Leningradi_Edasi_toimetus, lk 153
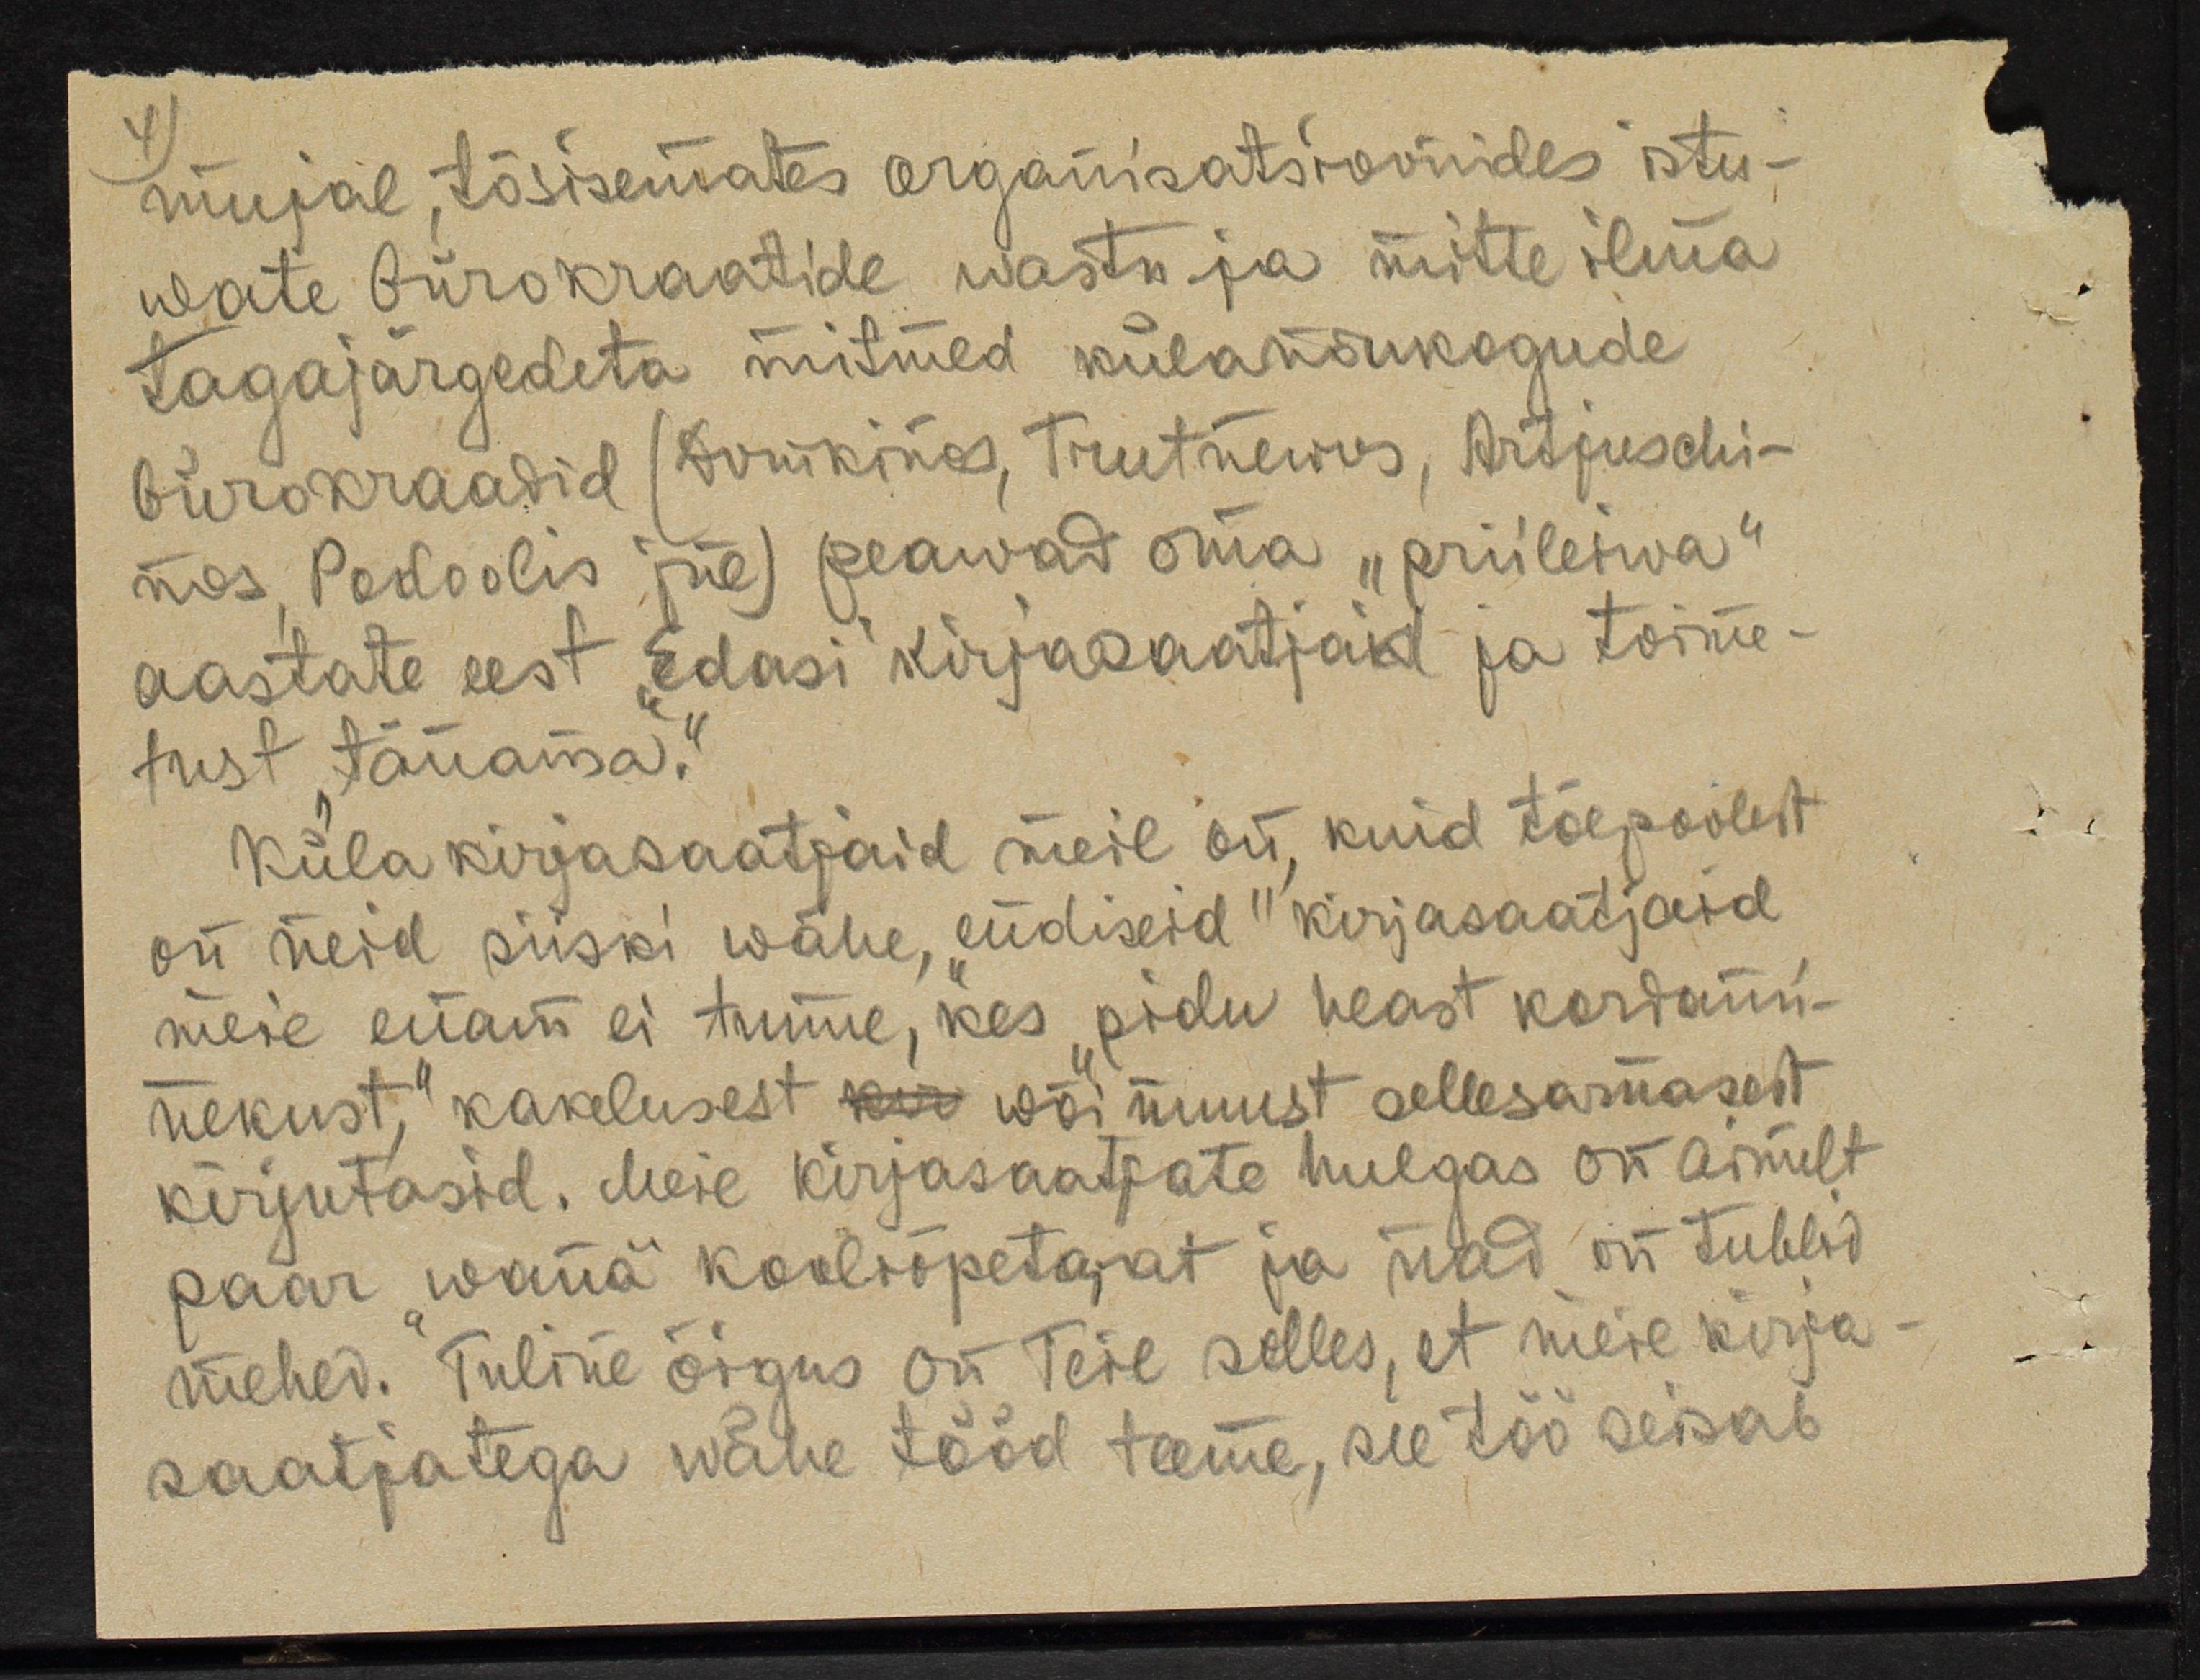
mujal, tõsisemates organisatsioonides istu-
wate bürokraatide wastu ja mitte ilma
tagajärgedeta mitmed külanõukogude
bürokraadid (Domkinos, Trutnewos, Artjuschi-
nos, Podoolis jne) peawad oma "priileiwa"
aastate eest "Edasi" kirjasaatjaid ja toime-
tust tänama.“
Küla kirjasaatjaid meil on kuid tõepoolest
on neid siiski wähe "endiseid" kirjasaatjaid
meie enam ei tunne, kes pidu heast kordami-
nekust," kakelusest kir wõi muust sellesamasest
kirjutasid. Meie kirjasaatjate hulgas on ainult
paar "wana" kooliõpetajat ja nad on tublid
mehed. Tuline õigus on Teil selles, et meie kirja-
saatjatega wähe tööd teeme, see töö seisab